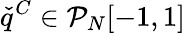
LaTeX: \check{q}^{C}\in\mathcal{P}_{N}[-1,1]